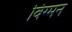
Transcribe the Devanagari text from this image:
विग्मन